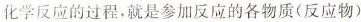
化学反应的过程，就是参加反应的各物质(反应物)